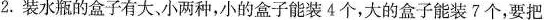
2.装水瓶的盒子有大、小两种，小的盒子能装4个，大的盒子能装7个，要把